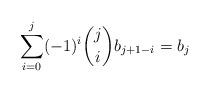
LaTeX: \begin{align*}\sum_{i=0}^j (-1)^i \binom{j}{i}b_{j+1-i}=b_j\end{align*}